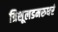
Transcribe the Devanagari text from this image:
त्रिशूलडमरुधरं